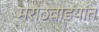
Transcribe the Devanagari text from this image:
मराठवाडयांत